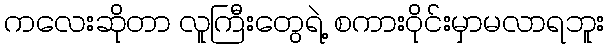
ကလေးဆိုတာ လူကြီးတွေရဲ့ စကားဝိုင်းမှာမလာရဘူး